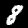
Digit: 8